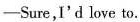
—Sure，I'd love to.